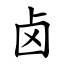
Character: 卤